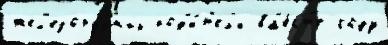
жел'езорудных род'и́т'ел'и вм'е́ст'е году